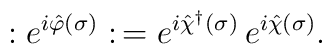
: e^{ i \hat{\varphi}(\sigma) } :  \,	=	e^{ i \hat{\chi}^\dagger(\sigma) } \,	e^{ i \hat{\chi}(\sigma) }.